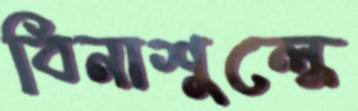
বিনাশুল্কে